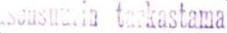
sensuurin tarkastama